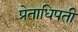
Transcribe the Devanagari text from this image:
प्रेताधिपती